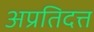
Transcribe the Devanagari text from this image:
अप्रतिदत्त